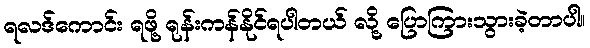
ရလဒ်ကောင်း ရဖို့ ရုန်းကန်နိုင်ရပါတယ် လို့ ပြောကြားသွားခဲ့တာပါ။